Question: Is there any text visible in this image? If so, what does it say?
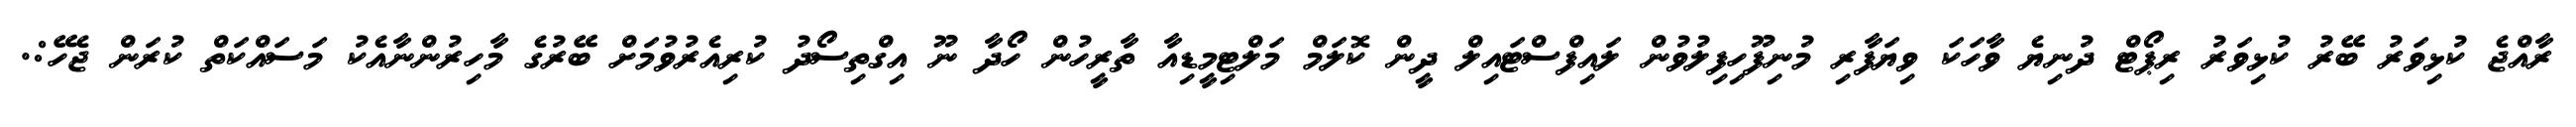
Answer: ރާއްޖެ ކުޅިވަރު ބޭރު ކުޅިވަރު ރިޕޯޓް ދުނިޔެ ވާހަކަ ވިޔަފާރި މުނިފޫހިފިލުވުން ލައިފްސްޓައިލް ދީން ކޮލަމް މަލްޓިމީޑިއާ ތާރީހުން ހޯދާ ނޫ އިގްތިސޯދު ކުރިއެރުވުމަށް ބޭރުގެ މާހިރުންނާއެކު މަސައްކަތް ކުރަން ޖެހޭ:.